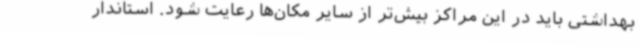
بهداشتی باید در این مراکز بیش‌تر از سایر مکان‌ها رعایت شود. استاندار